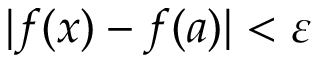
| f ( x ) - f ( a ) | < \varepsilon